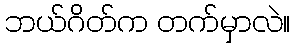
ဘယ်ဂိတ်က တက်မှာလဲ။